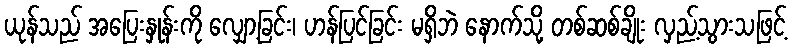
ယုန်သည် အပြေးနှုန်းကို လျှော့ခြင်း၊ ဟန်ပြင်ခြင်း မရှိဘဲ နောက်သို့ တစ်ဆစ်ချိုး လှည့်သွားသဖြင့်